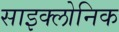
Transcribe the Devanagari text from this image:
साइक्लोनिक